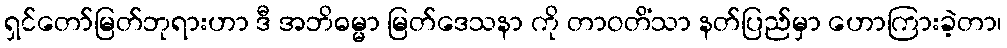
ရှင်တော်မြတ်ဘုရားဟာ ဒီ အဘိဓမ္မာ မြတ်ဒေသနာ ကို တာဝတိံသာ နတ်ပြည်မှာ ဟောကြားခဲ့တာ၊